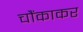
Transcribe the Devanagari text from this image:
चौंकाकर